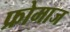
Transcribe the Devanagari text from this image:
फ्रोमाज